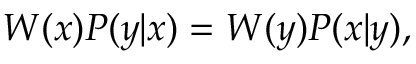
\begin{array} { r } { W ( x ) P ( y | x ) = W ( y ) P ( x | y ) , } \end{array}